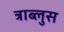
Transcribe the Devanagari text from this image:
त्राब्लुस